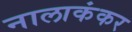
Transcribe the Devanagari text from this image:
नालाकंकर